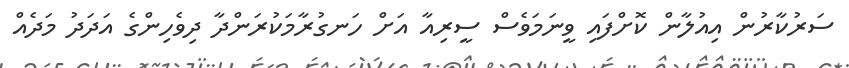
ސަރުކާރުން އިއުލާން ކޮށްފައި ވީނަމަވެސް ސީރިއާ އަށް ހަނގުރާމަކުރަންދާ ދިވެހިންގެ އަދަދު މަދެއް